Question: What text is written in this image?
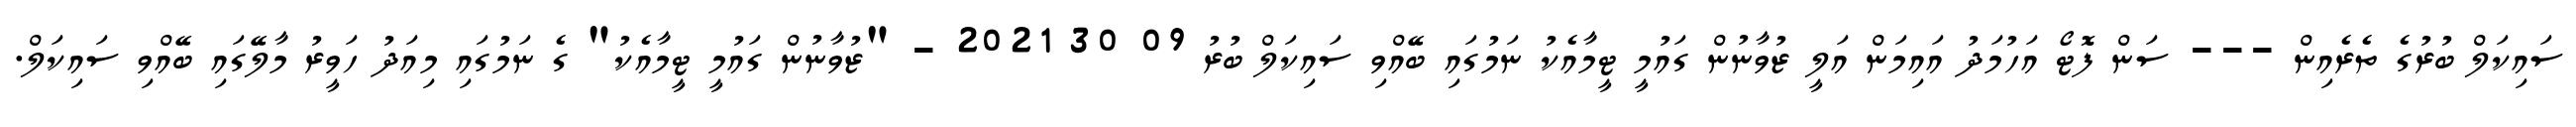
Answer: ސައިކަލް ބުރުގެ ތެރެއިން --- ސަން ފޮޓޯ އަހުމަދު އައިމަން އަލީ ޒުވާނުން ގައުމީ ޓީމާއެކު ނަމުގައި ބޭއްވި ސައިކަލް ބުރު 09 30 2021 - "ޒުވާނުން ގައުމީ ޓީމާއެކު" ގެ ނަމުގައި މިއަދު ހަވީރު މާލޭގައި ބޭއްވި ސައިކަލް.